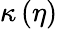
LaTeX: \kappa\left(\eta\right)